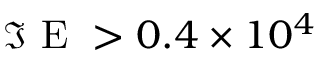
\Im \mathrm { ~ E ~ } > 0 . 4 \times 1 0 ^ { 4 }